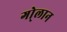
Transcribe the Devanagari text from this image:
गो्लान